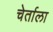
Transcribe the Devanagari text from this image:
चेर्ताला